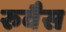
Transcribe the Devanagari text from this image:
रुवैस